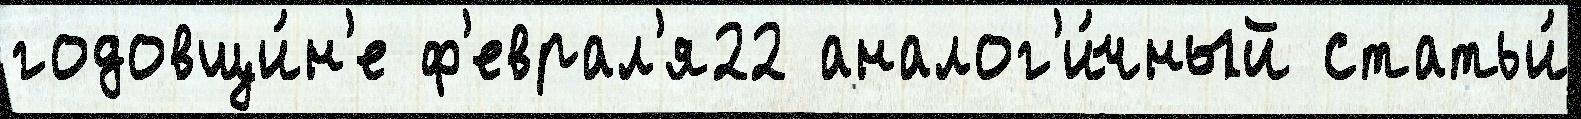
годовщи́н'е ф'еврал'я22 аналог'и́чный статьи́